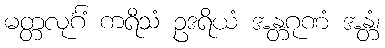
မတ္တလုင်္ဂံ ကရီသံ ဥဒရိယံ အန္တဂုဏံ အန္တံ၊